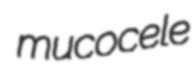
mucocele